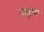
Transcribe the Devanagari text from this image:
प्रक्षुष्म